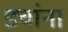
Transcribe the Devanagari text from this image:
डचांना